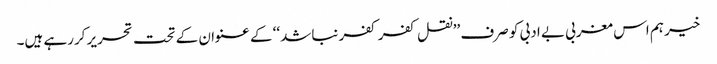
خیر ہم اس مغربی بے ادبی کو صرف ’’نقل کفر کفر نباشد‘‘ کے عنوان کے تحت تحریر کررہے ہیں۔